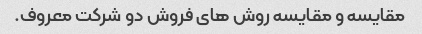
مقایسه و مقایسه روش های فروش دو شرکت معروف.